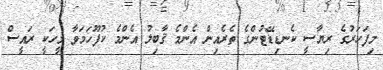
މިފަހަރުގެ ރިޔާސީ ކެނޑިޑޭޓުންގެ ތެރެއިން އެންމެ ޤާބިލު އެންމެ ކުފޫހަމަވާ މީހަކީ ރައީސް